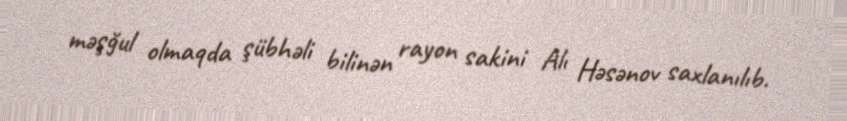
məşğul olmaqda şübhəli bilinən rayon sakini Alı Həsənov saxlanılıb.